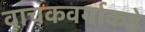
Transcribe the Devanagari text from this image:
वाचकवर्गाकडे